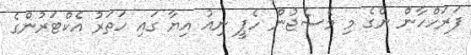
ފަރަހްހާން ންގެ މި މެސެޖުން ހެޕީ ނިއު އިޔާ ގައި ހަތަރު އެކްޓަރުންގެ